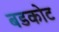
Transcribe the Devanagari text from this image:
बडकोट